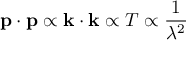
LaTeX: \mathbf { p } \cdot \mathbf { p } \propto \mathbf { k } \cdot \mathbf { k } \propto T \propto { \frac { 1 } { \lambda ^ { 2 } } }